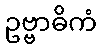
ဥဗ္ဗာဓိကံ